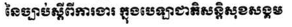
នៃច្បាប់ស្តីពីការងារ ក្នុងបេឡាជាតិសន្តិសុខសង្គម